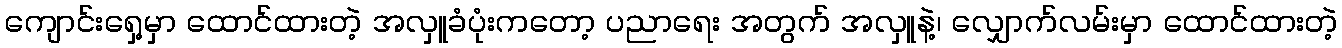
ကျောင်းရှေ့မှာ ထောင်ထားတဲ့ အလှူခံပုံးကတော့ ပညာရေး အတွက် အလှူနဲ့၊ လျှောက်လမ်းမှာ ထောင်ထားတဲ့